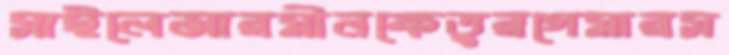
সাইলেন্সারমীনকেতুরগেমারস